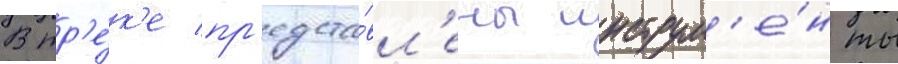
В тр'е́к'е пр'едста́вл'ены инструм'е́нты